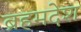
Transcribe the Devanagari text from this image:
ब्रहमदेश